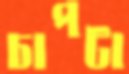
চাপটা